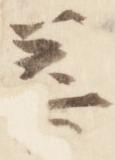
善